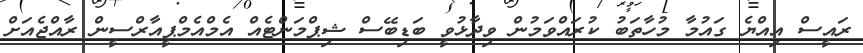
ރައީސް އިއްޔެ ގައުމާ މުހާތަބު ކުރައްވަމުން ވިދާޅުވީ ބަޑިބޭސް ޝިޕްމަންޓެއް އެމްއެމްޕީއާރްސީން ރާއްޖެއަށް